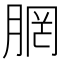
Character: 𪱣